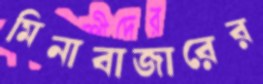
মিনাবাজারের